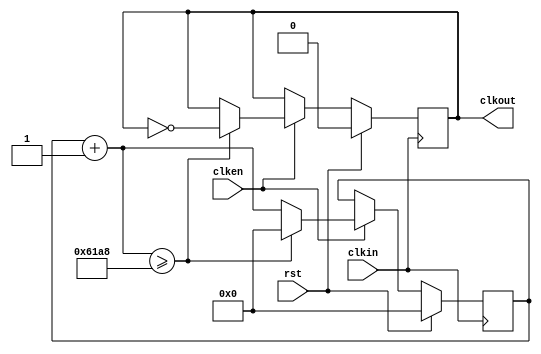
 module clkgen( 
	input clkin, 
	input rst, 
	input clken, 
	output reg clkout );
	parameter clk_freq=1000; 
	parameter countlimit=50000000/2/clk_freq; // 
	
	reg[31:0] clkcount; 
	always @ (posedge clkin) 
		if(rst) 
		begin 
			clkcount=0; 
			clkout=1'b0; 
		end 
		else
		begin
			if(clken)
			begin 
				clkcount=clkcount+1; 
				if(clkcount>=countlimit) 
				begin 
					clkcount=32'd0; 
					clkout=~clkout; 
				end 
				else 
					clkout=clkout; 
			end 
			else 
			begin 
				clkcount=clkcount; 
				clkout=clkout; 
			end 
		end 

endmodule